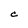
Character: C